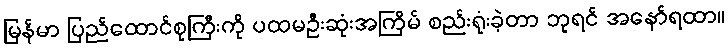
မြန်မာ ပြည်ထောင်စုကြီးကို ပထမဦးဆုံးအကြိမ် စည်းရုံးခဲ့တာ ဘုရင် အနော်ရထာ။